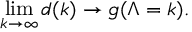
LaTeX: \operatorname * { l i m } _ { k \to \infty } d ( k ) \to g ( \Lambda = k ) .